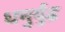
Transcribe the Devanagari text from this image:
धनुर्युद्ध